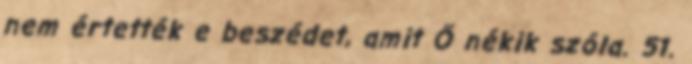
nem értették e beszédet, amit Ő nékik szóla. 51.